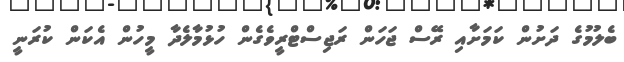
ބެލުމުގެ ދަށުން ކަމަށާއި ރޭސް ޖަހަން ރަޖިސްޓްރީވެގެން ހުޅުމާލެދާ މީހުން އެކަން ކުރަނީ